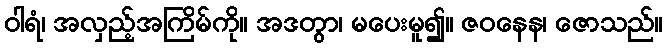
ဝါရံ၊ အလှည့်အကြိမ်ကို။ အဒတွာ၊ မပေးမူ၍။ ဇဝနေန၊ ဇောသည်။